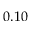
0 . 1 0